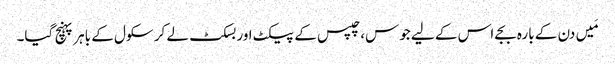
مَیں دن کے بارہ بجے اس کے لیے جوس، چپس کے پیکٹ اور بسکٹ لے کر سکول کے باہر پہنچ گیا۔